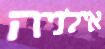
אילניה